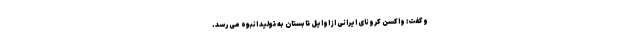
و گفت: واکسن کرونای ایرانی از اوایل تابستان به تولید انبوه می رسد.